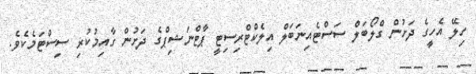
ހިލޭ އެހީގެ ދަށުން ގްލޯބަލް ސަސްޓެއިނަބަލް އިލެކްޓްރިސިޓީ ޕާޓްނަޝިޕްގެ ދަށުން ގާއިމުކުރި ސިސްޓަމެކެވެ.